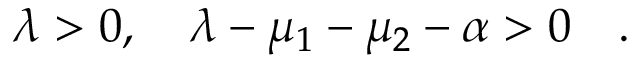
\lambda > 0 , ~ ~ ~ \lambda - \mu _ { 1 } - \mu _ { 2 } - \alpha > 0 ~ ~ ~ .